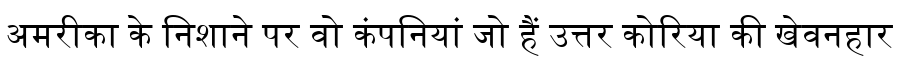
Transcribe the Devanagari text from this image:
अमरीका के निशाने पर वो कंपनियां जो हैं उत्तर कोरिया की खेवनहार